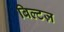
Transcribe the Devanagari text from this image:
बिल्टज़